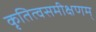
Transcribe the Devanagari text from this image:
कृतित्वसमीक्षणम्